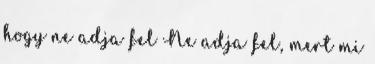
hogy ne adja fel Ne adja fel, mert mi